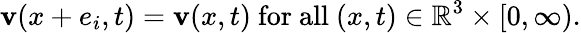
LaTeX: \mathbf{v}(x+e_{i},t)=\mathbf{v}(x,t){\mathrm{~for~all~}}(x,t)\in\mathbb{R}^{3}\times[0,\infty).